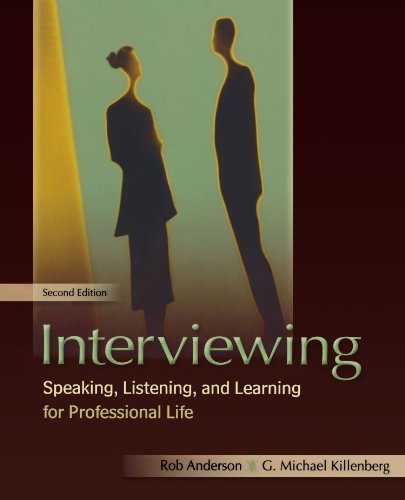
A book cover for Interviewing: Speaking, Listening, and Learning for Professional Life; Rob Anderson; Business & Money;